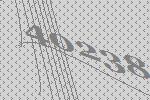
40238